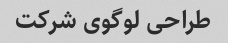
طراحی لوگوی شرکت